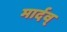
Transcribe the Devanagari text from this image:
मार्दव्